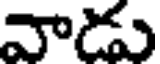
వాడు